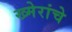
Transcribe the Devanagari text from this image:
ख्मेरांचे